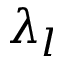
\lambda _ { l }